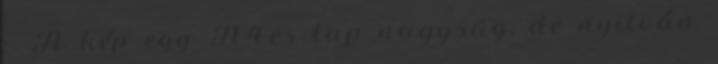
:- A kép egy A4-es lap nagyság, de nyilván